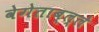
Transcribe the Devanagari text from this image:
वेगेताब्ल्ले